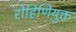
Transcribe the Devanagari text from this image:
रोहिणियुक्त